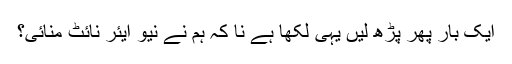
ایک بار پھر پڑھ لیں یہی لکھا ہے نا کہ ہم نے نیو ایئر نائٹ منائی؟